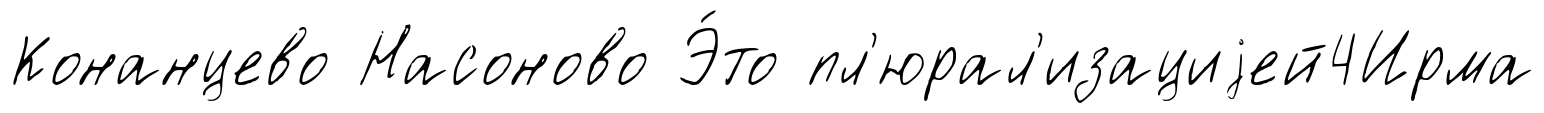
Конанцево Насоново Э́то пл'юрал'изациjей4Ирма